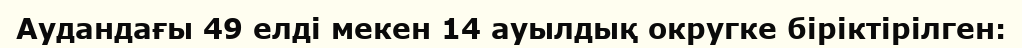
Аудандағы 49 елді мекен 14 ауылдық округке біріктірілген: